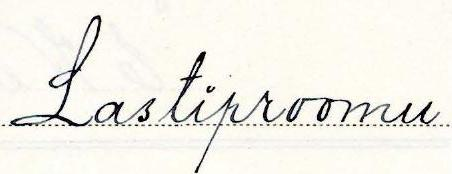
Lastiproomu